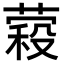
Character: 𮐱